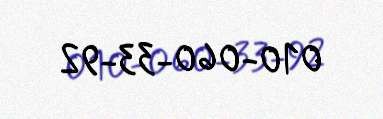
010-060-33-92